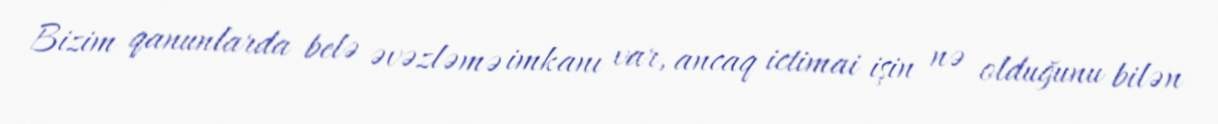
Bizim qanunlarda belə əvəzləmə imkanı var, ancaq ictimai işin nə olduğunu bilən